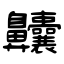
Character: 齉